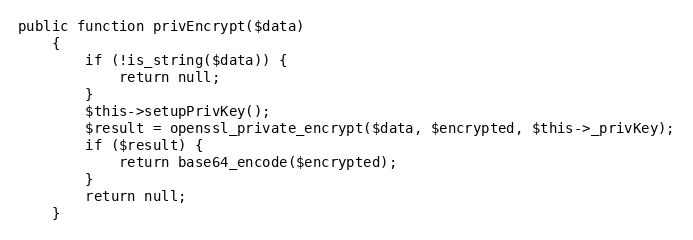
Language: PHP
public function privEncrypt($data)
    {
        if (!is_string($data)) {
            return null;
        }
        $this->setupPrivKey();
        $result = openssl_private_encrypt($data, $encrypted, $this->_privKey);
        if ($result) {
            return base64_encode($encrypted);
        }
        return null;
    }